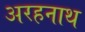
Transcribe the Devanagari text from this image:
अरहनाथ